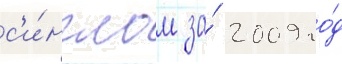
с'и́нглом за́ 2009 го́д